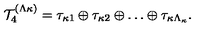
{ \cal T } _ { 4 } ^ { ( \Lambda \kappa ) } = \tau _ { \kappa 1 } \oplus \tau _ { \kappa 2 } \oplus \ldots \oplus \tau _ { \kappa \Lambda _ { \kappa } } .